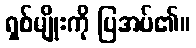
ရှစ်မျိုးကို ပြအပ်၏။